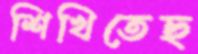
শিখিতেছ